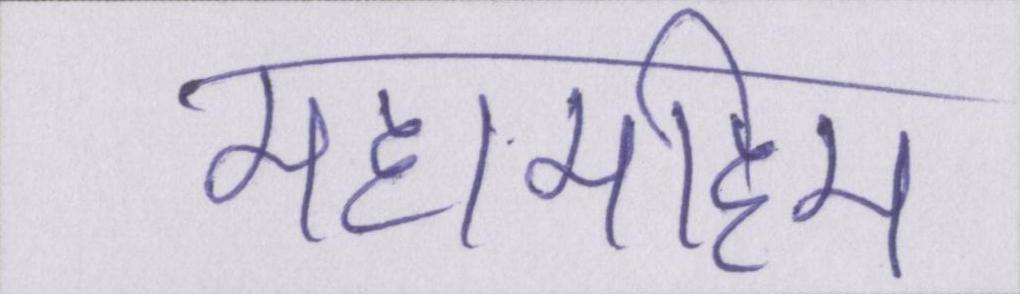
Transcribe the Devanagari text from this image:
महामहिम